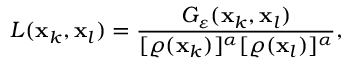
L ( \mathbf { x } _ { k } , \mathbf { x } _ { l } ) = \frac { G _ { \varepsilon } ( \mathbf { x } _ { k } , \mathbf { x } _ { l } ) } { [ \varrho ( \mathbf { x } _ { k } ) ] ^ { \alpha } [ \varrho ( \mathbf { x } _ { l } ) ] ^ { \alpha } } ,